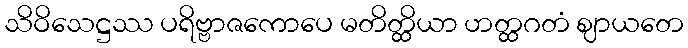
သိဝိသေဋ္ဌဿ ပရိဗ္ဗာဇကောပေ မတိတ္ထိယာ ဟတ္ထဂတံ ဈာယတေ